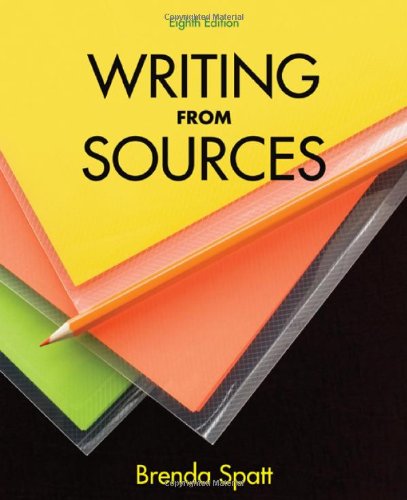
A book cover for Writing from Sources; Brenda Spatt; Reference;